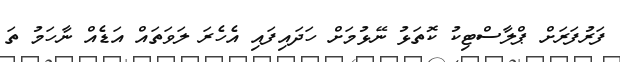
ފަރުފަރަށް ޕްލާސްޓިކު ކޮތަޅު ނޭޅުމަށް ހަދައިފައި އެހެރަ ލަވަތައް އަޑެއް ނާހަމު ތަ